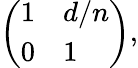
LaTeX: \left(\begin{array}{ll}{1}&{d/n}\\ {0}&{1}\end{array}\right),